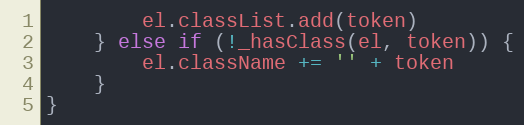
Language: JavaScript
		el.classList.add(token)
	} else if (!_hasClass(el, token)) {
		el.className += '' + token
	}
}